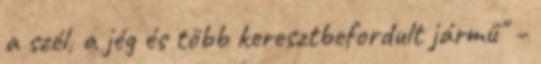
a szél, a jég és több keresztbefordult jármű" –